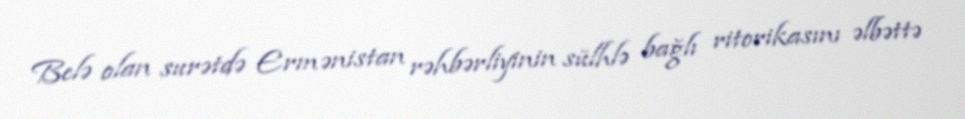
Belə olan surətdə Ermənistan rəhbərliyinin sülhlə bağlı ritorikasını əlbəttə